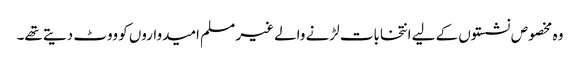
وہ مخصوص نشستوں کے لیے انتخابات لڑنے والے غیر مسلم امیدواروں کو ووٹ دیتے تھے۔